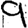
Digit: 9